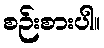
စဉ်းစားပါ။